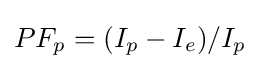
PF_{p}=(I_{p}-I_{e})/I_{p}